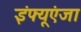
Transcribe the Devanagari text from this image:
इंफ्यूएंजा